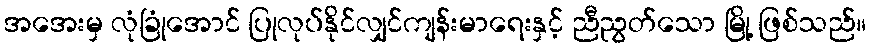
အအေးမှ လုံခြုံအောင် ပြုလုပ်နိုင်လျှင်ကျန်းမာရေးနှင့် ညီညွတ်သော မြို့ ဖြစ်သည်။